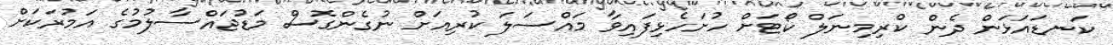
ކަނޑައަޅަން ދެން ކްރިމިނަލް ކޯޓަށް ހުށަހެޅިފައިވާ މައްސަލަ ކުރިއަށް ނުގެންގޮސް މަޑުޖައްސާލުމުގެ އަމުރަކަށް